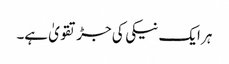
ہر ایک نیکی کی جڑ تقویٰ ہے۔